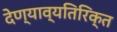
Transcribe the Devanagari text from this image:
देण्याव्यतिरिक्त